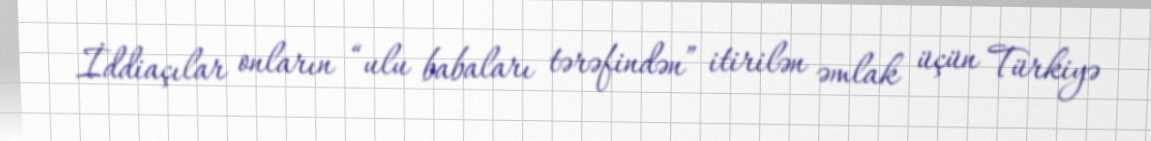
İddiaçılar onların “ulu babaları tərəfindən” itirilən əmlak üçün Türkiyə